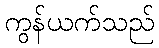
ကွန်ယက်သည်